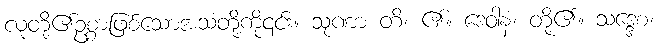
လူတို့၏ဥစ္စာဖြစ်သောအသံတို့ကို၎င်း။ သုဏာ တိ၊ ၏။ ဒေဝါနံ၊ တို့၏။ သဒ္ဒေစ၊